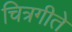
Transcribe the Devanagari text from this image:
चित्रगीते